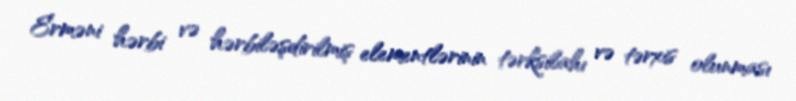
Erməni hərbi və hərbiləşdirilmiş elementlərinin tərksilahı və tərxis olunması